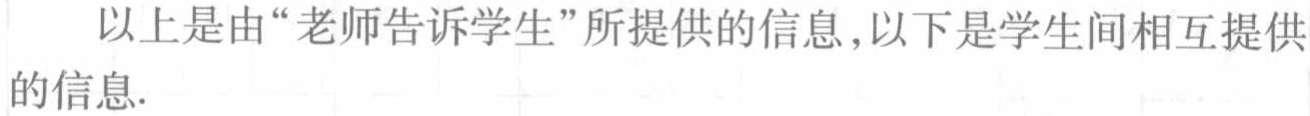
以上是由“老师告诉学生”所提供的信息,以下是学生间相互提供的信息.